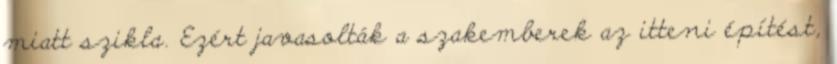
miatt szikla. Ezért javasolták a szakemberek az itteni építést,